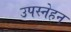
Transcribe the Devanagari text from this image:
उपस्नेहन